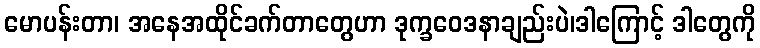
မောပန်းတာ၊ အနေအထိုင်ခက်တာတွေဟာ ဒုက္ခဝေဒနာချည်းပဲ၊ဒါကြောင့် ဒါတွေကို